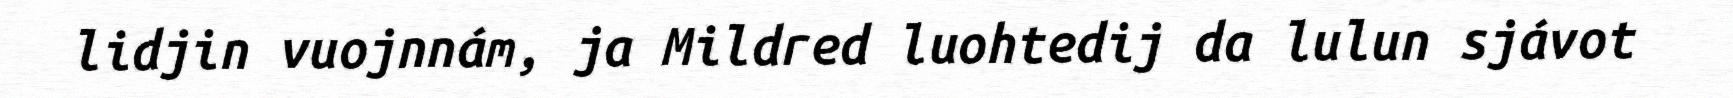
lidjin vuojnnám, ja Mildred luohtedij da lulun sjávot